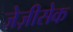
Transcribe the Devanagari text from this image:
जेज़ीसेक